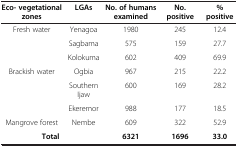
| Eco- vegetational zones | LGAs | No. of humans examined | No. positive | % positive |
 | --- | --- | --- | --- | --- |
 | <ROWSPAN=3> Fresh water | Yenagoa | 1980 | 245 | 12.4 |
 | Sagbama | 575 | 159 | 27.7 |
 | Kolokuma | 602 | 409 | 69.9 |
 | <ROWSPAN=3> Brackish water | Ogbia | 967 | 215 | 22.2 |
 | Southern Ijaw | 600 | 169 | 28.2 |
 | Ekeremor | 988 | 177 | 18.5 |
 | Mangrove forest | Nembe | 609 | 322 | 52.9 |
 | Total |  | 6321 | 1696 | 33.0 |